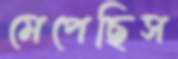
মেপেছিস